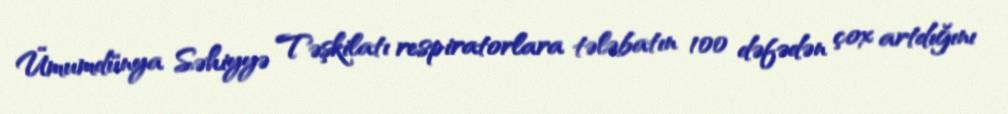
Ümumdünya Səhiyyə Təşkilatı respiratorlara tələbatın 100 dəfədən çox artdığını